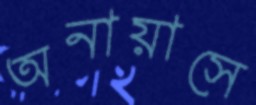
অনায়াসে